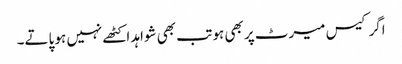
اگر کیس میرٹ پر بھی ہو تب بھی شواہد اکٹھے نہیں ہو پاتے۔